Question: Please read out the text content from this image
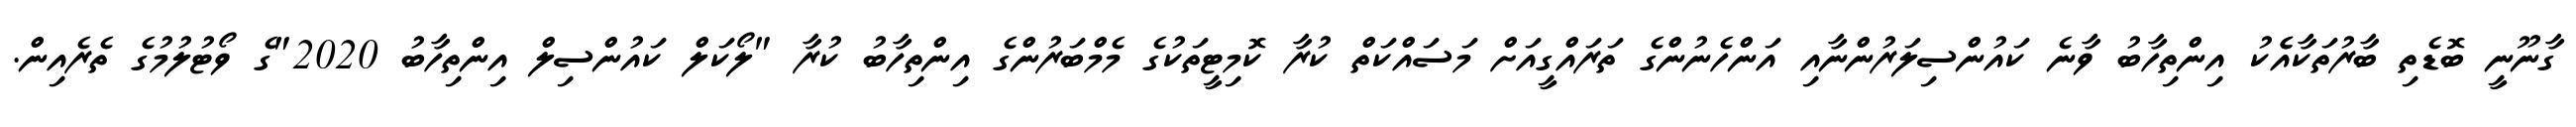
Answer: ގާނޫނީ ބޮޑެތި ބާރުތަކާއެެކު އިންތިހާބު ވާނެ ކައުންސިލަރުންނާއި އަންހެނުންގެ ތަރައްގީއަށް މަސައްކަތް ކުރާ ކޮމިޓީތަކުގެ މެމްބަރުންގެ އިންތިހާބު ކުރާ "ލޯކަލް ކައުންސިލް އިންތިހާބު 2020"ގެ ވޯޓުލުމުގެ ތެރެއިން.